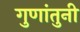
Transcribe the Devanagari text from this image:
गुणांतुनी